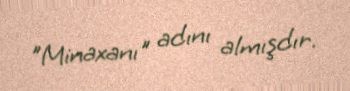
"Minaxanı" adını almışdır.